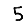
Digit: 5